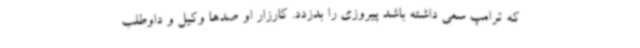
که ترامپ سعی داشته باشد پیروزی را بدزدد. کارزار او صدها وکیل و داوطلب